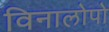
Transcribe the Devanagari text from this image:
विनालोपो